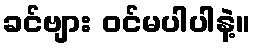
ခင်ဗျား ဝင်မပါပါနဲ့။